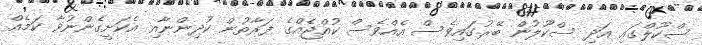
ސްކޫލްގައި އަދި ސްކޫލުން ބޭރުގައިވެސް އެއްވެސް ކުއްޖެއްގެ ފަރާތުން ކުދިންނާއި އެކަށީގެންނުވާ ކަމެއް